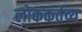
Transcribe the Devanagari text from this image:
लोककर्तव्य